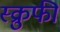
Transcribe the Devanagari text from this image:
स्क्रुफी